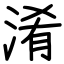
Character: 淆